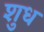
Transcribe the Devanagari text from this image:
शुध